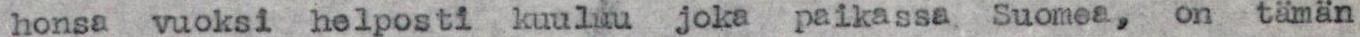
honsa vuoksi helposti kuuluu joka paikassa Suomea, on tämän